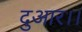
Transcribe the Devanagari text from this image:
दुआर।।